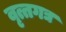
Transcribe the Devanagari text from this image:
वृत्तगद्य